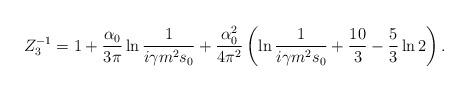
LaTeX: \begin{align*}Z_3^{-1}=1+\frac{\alpha_0}{3\pi}\ln \frac 1{i\gamma m^2 s_0}+\frac{\alpha_0^2}{4\pi^2}\left (\ln\frac 1{i\gamma m^2 s_0}+\frac {10}{3}-\frac 53\ln 2\right ).\end{align*}